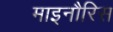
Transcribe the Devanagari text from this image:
माइनौरिस